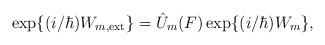
\begin{align*}{\rm exp}\{ (i/ \hbar) W_{m, {\rm ext}} \} = \hat{U}_m(F) \,{\rm exp}\{ (i/ \hbar) W_m \},\end{align*}